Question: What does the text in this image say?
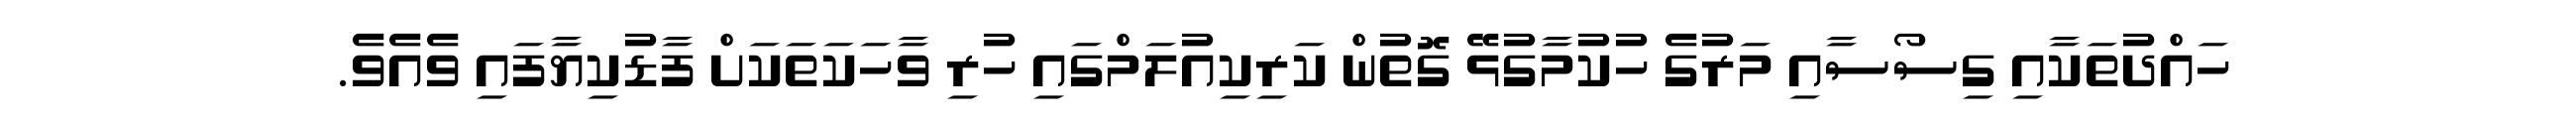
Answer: ހައްދުތަކާއި ގިސޯސާއި މަރުގެ ހުކުމާގުޅޭ ގޮތުން ކަރިކިއުލަމްގައި ހުރި ވާހަކަތަކަށް ފާޑުކިޔާފައި ވެއެވެ.